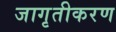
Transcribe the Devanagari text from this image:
जागृतीकरण